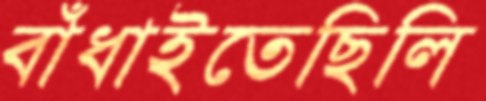
বাঁধাইতেছিলি